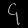
Digit: ၄